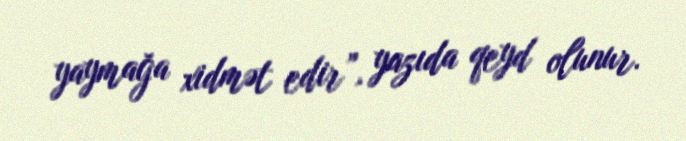
yaymağa xidmət edir”, yazıda qeyd olunur.